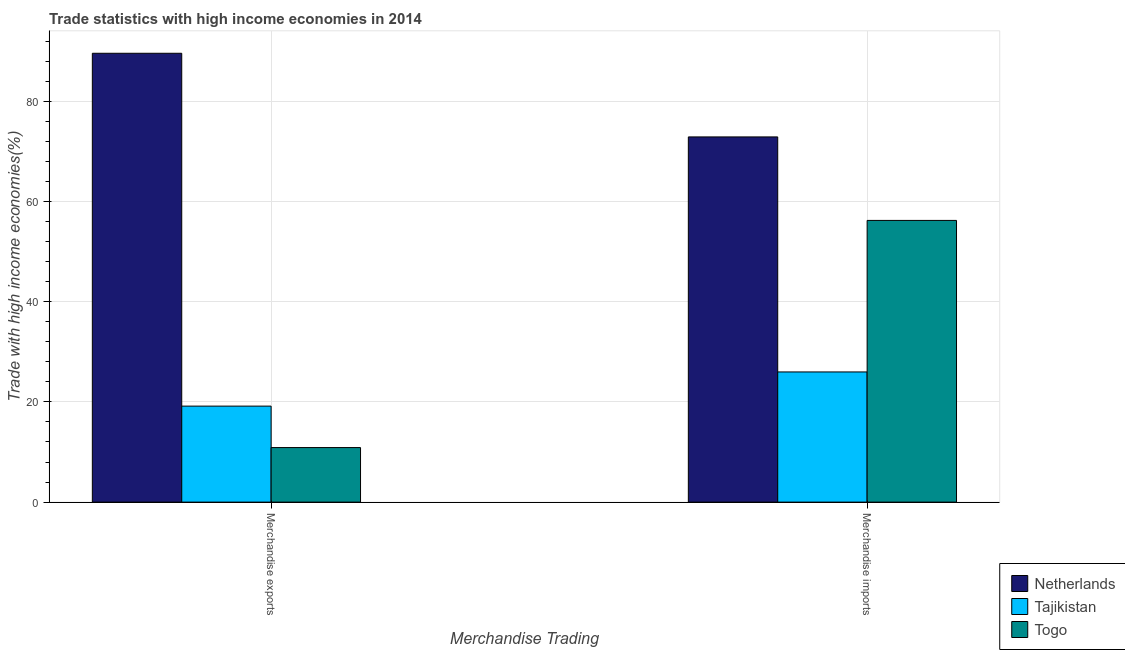
| Merchandise Trading | Netherlands | Tajikistan | Togo |
 | --- | --- | --- | --- |
 | Merchandise exports | 89.6 | 19.2 | 10.9 |
 | Merchandise imports | 72.9 | 26 | 56.2 |